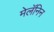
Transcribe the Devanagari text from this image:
मेलॅनिन